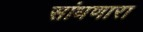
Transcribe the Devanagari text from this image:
सांधणारा